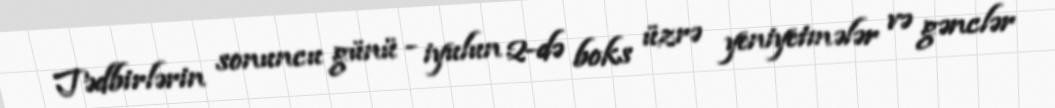
Tədbirlərin sonuncu günü - iyulun 2-də boks üzrə yeniyetmələr və gənclər